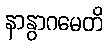
နာနွာဂမေတိ